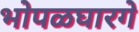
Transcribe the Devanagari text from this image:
भोपळघारगे